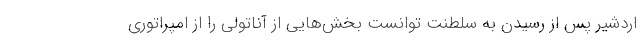
اردشیر پس از رسیدن به سلطنت توانست بخش‌هایی از آناتولی را از امپراتوری